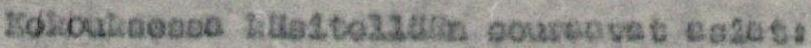
Kokouksessa käsitellään seuraavat asiat: